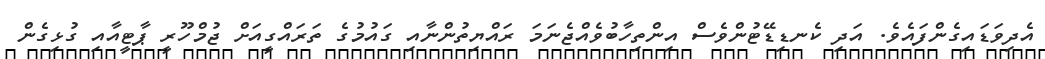
އެދިވަޑައިގެންފައެވެ. އަދި ކެނޑިޑޭޓުންވެސް އިންތިހާބުވެއްޖެނަމަ ރައްޔިތުންނާއި ގައުމުގެ ތަރައްގީއަށް ޖުމްހޫރީ ޕާޓީއާއި ގުޅިގެން